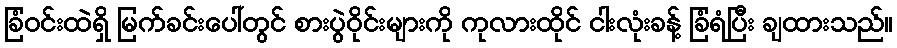
ခြံဝင်းထဲရှိ မြက်ခင်းပေါ်တွင် စားပွဲဝိုင်းများကို ကုလားထိုင် ငါးလုံးခန့် ခြံရံပြီး ချထားသည်။